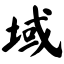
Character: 域